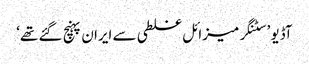
آڈیو ’سٹنگر میزائل غلطی سے ایران پہنچ گئے تھے‘